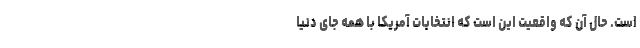
است. حال آن که واقعیت این است که انتخابات آمریکا با همه جای دنیا